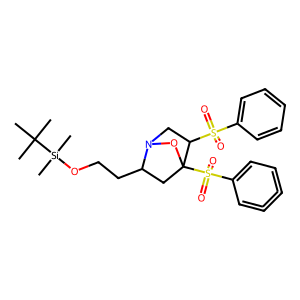
SMILES: CC(C)(C)[Si](C)(C)OCCC1CC2(S(=O)(=O)C3=CC=C=C=C3)ON1CC2S(=O)(=O)c1ccccc1
Inhibits HIV replication: No